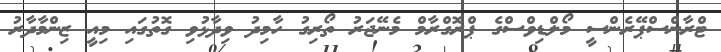
ޓްރާންސްޕޭރެންސީ މޯލްޑިވްސްގެ ޕްރޮގްރާމް މެނޭޖަރު ތޯރިގު ހާމިދު ވިދާޅުވި ގޮތުގައި މިއީ ޒިންމާދާރު